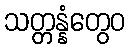
သတ္တန္နံတွေဝ